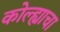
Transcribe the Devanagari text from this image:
कोल्ह्याचा